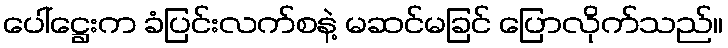
ပေါ်ဋ္ဌေးက ခံပြင်းလက်စနဲ့ မဆင်မခြင် ပြောလိုက်သည်။